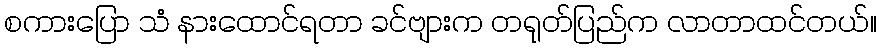
စကားပြော သံ နားထောင်ရတာ ခင်ဗျားက တရုတ်ပြည်က လာတာထင်တယ်။